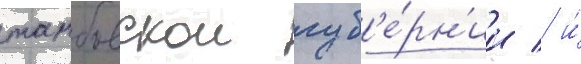
тамбовскои губ'е́рн'ии / и́